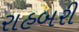
રાહબરી